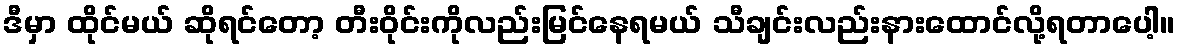
ဒီမှာ ထိုင်မယ် ဆိုရင်တော့ တီးဝိုင်းကိုလည်းမြင်နေရမယ် သီချင်းလည်းနားထောင်လို့ရတာပေါ့။